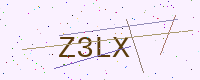
Text: Z3LX